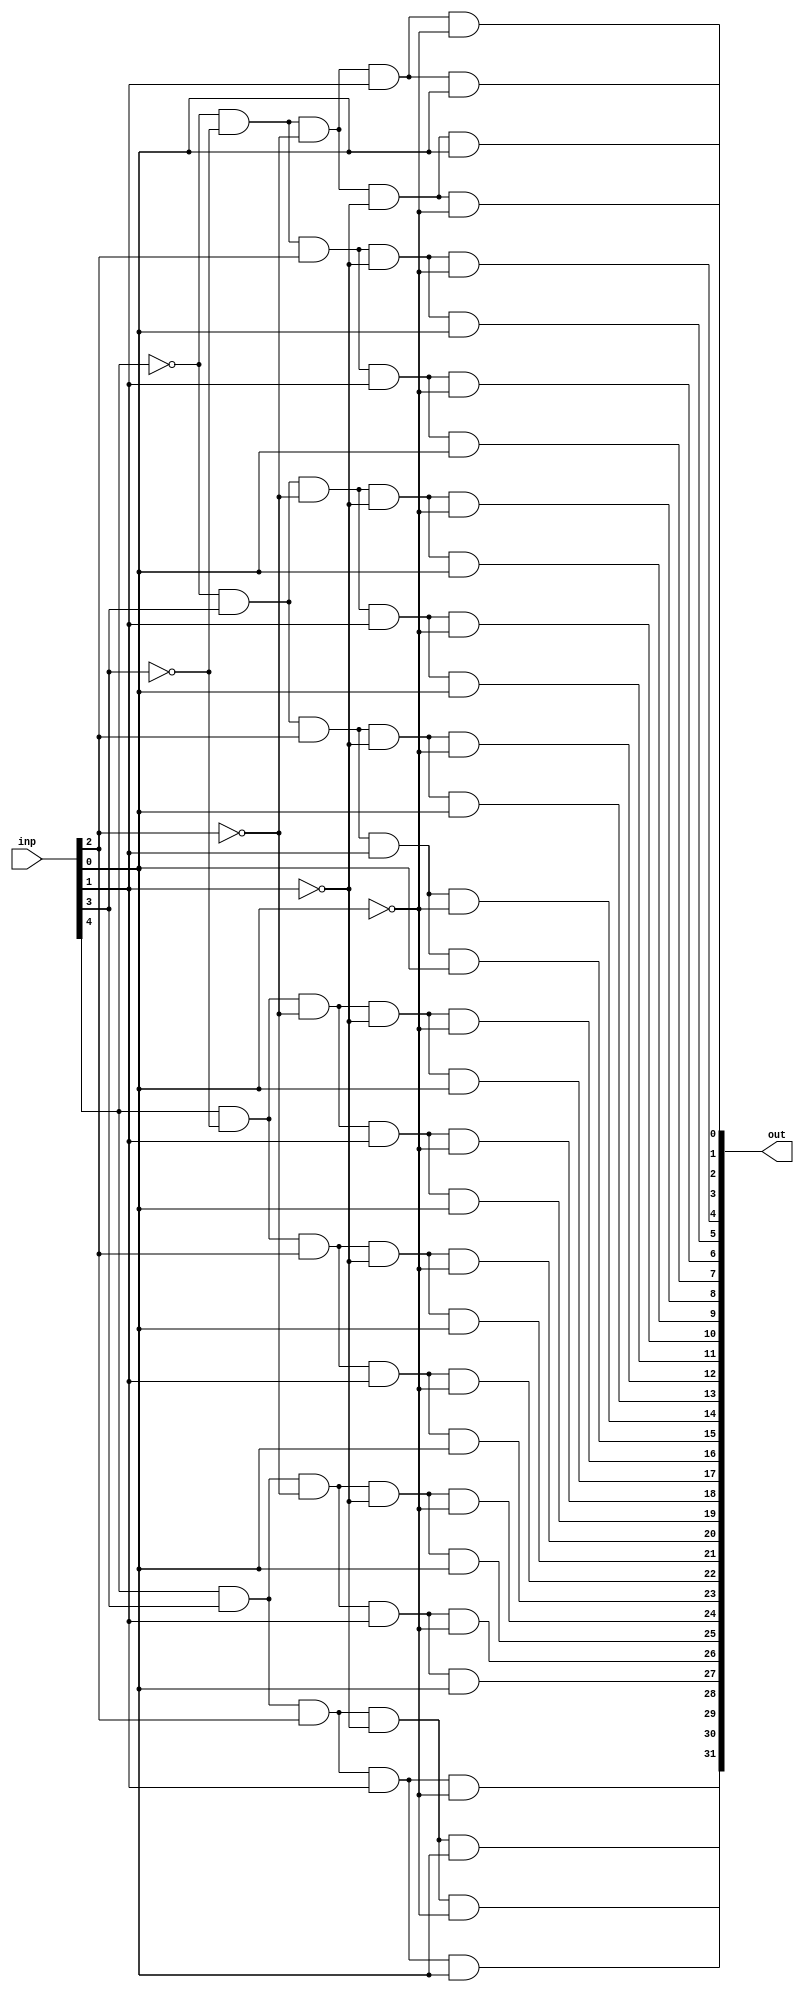
module Decoder_5Bit (inp, out);

input [5:1] inp;
output [32:1] out;

assign out[1] = (~inp[5] & ~inp[4] & ~inp[3] & ~inp[2] & ~inp[1]);
assign out[2] = (~inp[5] & ~inp[4] & ~inp[3] & ~inp[2] & inp[1]);
assign out[3] = (~inp[5] & ~inp[4] & ~inp[3] & inp[2] & ~inp[1]);
assign out[4] = (~inp[5] & ~inp[4] & ~inp[3] & inp[2] & inp[1]);
assign out[5] = (~inp[5] & ~inp[4] & inp[3] & ~inp[2] & ~inp[1]);
assign out[6] = (~inp[5] & ~inp[4] & inp[3] & ~inp[2] & inp[1]);
assign out[7] = (~inp[5] & ~inp[4] & inp[3] & inp[2] & ~inp[1]);
assign out[8] = (~inp[5] & ~inp[4] & inp[3] & inp[2] & inp[1]);

assign out[9] = (~inp[5] & inp[4] & ~inp[3] & ~inp[2] & ~inp[1]);
assign out[10] = (~inp[5] & inp[4] & ~inp[3] & ~inp[2] & inp[1]);
assign out[11] = (~inp[5] & inp[4] & ~inp[3] & inp[2] & ~inp[1]);
assign out[12] = (~inp[5] & inp[4] & ~inp[3] & inp[2] & inp[1]);
assign out[13] = (~inp[5] & inp[4] & inp[3] & ~inp[2] & ~inp[1]);
assign out[14] = (~inp[5] & inp[4] & inp[3] & ~inp[2] & inp[1]);
assign out[15] = (~inp[5] & inp[4] & inp[3] & inp[2] & ~inp[1]);
assign out[16] = (~inp[5] & inp[4] & inp[3] & inp[2] & inp[1]);

assign out[17] = (inp[5] & ~inp[4] & ~inp[3] & ~inp[2] & ~inp[1]);
assign out[18] = (inp[5] & ~inp[4] & ~inp[3] & ~inp[2] & inp[1]);
assign out[19] = (inp[5] & ~inp[4] & ~inp[3] & inp[2] & ~inp[1]);
assign out[20] = (inp[5] & ~inp[4] & ~inp[3] & inp[2] & inp[1]);
assign out[21] = (inp[5] & ~inp[4] & inp[3] & ~inp[2] & ~inp[1]);
assign out[22] = (inp[5] & ~inp[4] & inp[3] & ~inp[2] & inp[1]);
assign out[23] = (inp[5] & ~inp[4] & inp[3] & inp[2] & ~inp[1]);
assign out[24] = (inp[5] & ~inp[4] & inp[3] & inp[2] & inp[1]);

assign out[25] = (inp[5] & inp[4] & ~inp[3] & ~inp[2] & ~inp[1]);
assign out[26] = (inp[5] & inp[4] & ~inp[3] & ~inp[2] & inp[1]);
assign out[27] = (inp[5] & inp[4] & ~inp[3] & inp[2] & ~inp[1]);
assign out[28] = (inp[5] & inp[4] & ~inp[3] & inp[2] & inp[1]);
assign out[29] = (inp[5] & inp[4] & inp[3] & ~inp[2] & ~inp[1]);
assign out[30] = (inp[5] & inp[4] & inp[3] & ~inp[2] & inp[1]);
assign out[31] = (inp[5] & inp[4] & inp[3] & inp[2] & ~inp[1]);
assign out[32] = (inp[5] & inp[4] & inp[3] & inp[2] & inp[1]);

endmodule